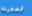
لمعرفة